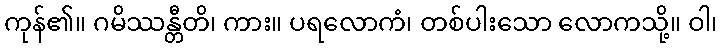
ကုန်၏။ ဂမိဿန္တီတိ၊ ကား။ ပရလောကံ၊ တစ်ပါးသော လောကသို့။ ဝါ၊